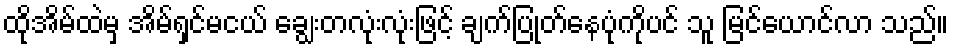
ထိုအိမ်ထဲမှ အိမ်ရှင်မငယ် ချွေးတလုံးလုံးဖြင့် ချက်ပြုတ်နေပုံကိုပင် သူ မြင်ယောင်လာ သည်။